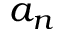
a _ { n }